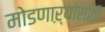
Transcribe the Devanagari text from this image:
मोडणाऱ्यांसाठी